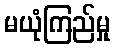
မယုံကြည်မှု